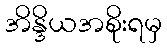
အိန္ဒိယအစိုးရမှ